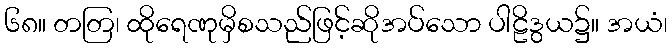
၆၈။ တတြ၊ ထိုရေဏုမှိစသည်ဖြင့်ဆိုအပ်သော ပါဠိဒွယ၌။ အယံ၊